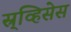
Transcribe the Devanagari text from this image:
स्र्व्हिसेस